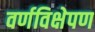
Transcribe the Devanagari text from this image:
वर्णविक्षेपण